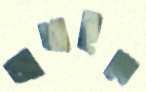
জাগাইতে